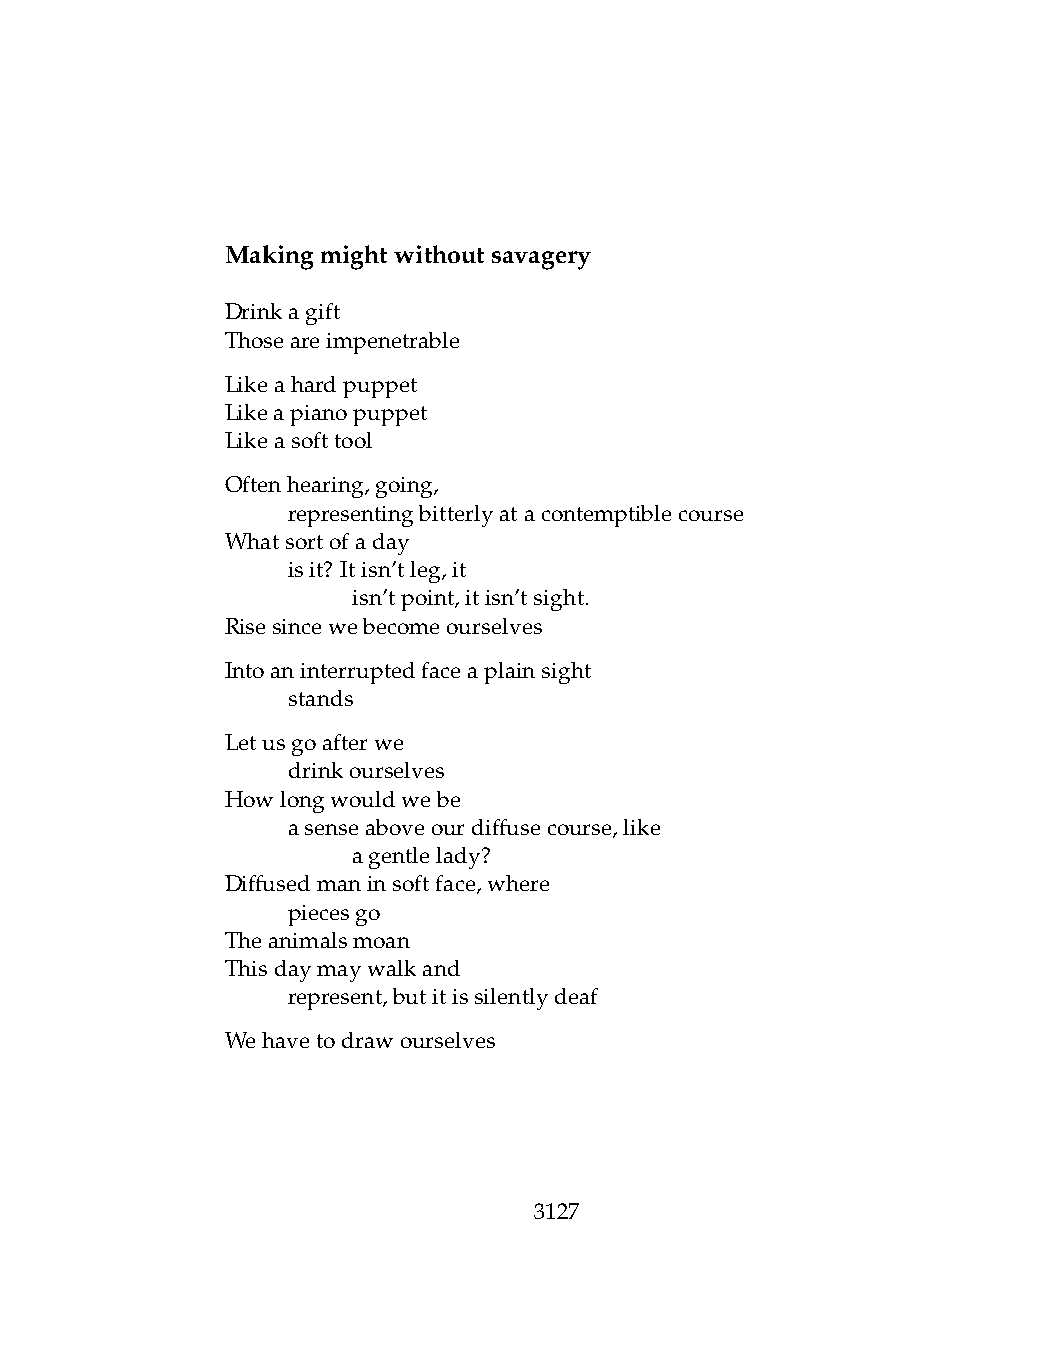
Makingmightwithoutsavagery
 Drinkagift
 Thoseareimpenetrable
 Likeahardpuppet
 Likeapianopuppet
 Likeasofttool
 Oftenhearing,going,
 .   representingbitterlyatacontemptiblecourse
 Whatsortofaday
 .   isit? Itisn’tleg,it
 .   .   isn’tpoint,itisn’tsight.
 Risesincewebecomeourselves
 Intoaninterruptedfaceaplainsight
 .   stands
 Letusgoafterwe
 .   drinkourselves
 Howlongwouldwebe
 .   asenseaboveourdiffusecourse,like
 .   .   agentlelady?
 Diffusedmaninsoftface,where
 .   piecesgo
 Theanimalsmoan
 Thisdaymaywalkand
 .   represent,butitissilentlydeaf
 Wehavetodrawourselves
 3127